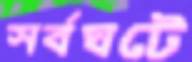
সর্বঘটে